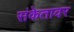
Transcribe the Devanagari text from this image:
संकेतावर